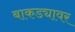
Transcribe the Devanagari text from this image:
बाकड्यावर